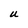
Character: U